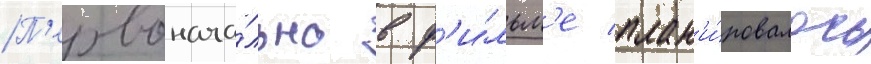
П'ервонача́льно в ф'и́льм'е план'и́ровалось